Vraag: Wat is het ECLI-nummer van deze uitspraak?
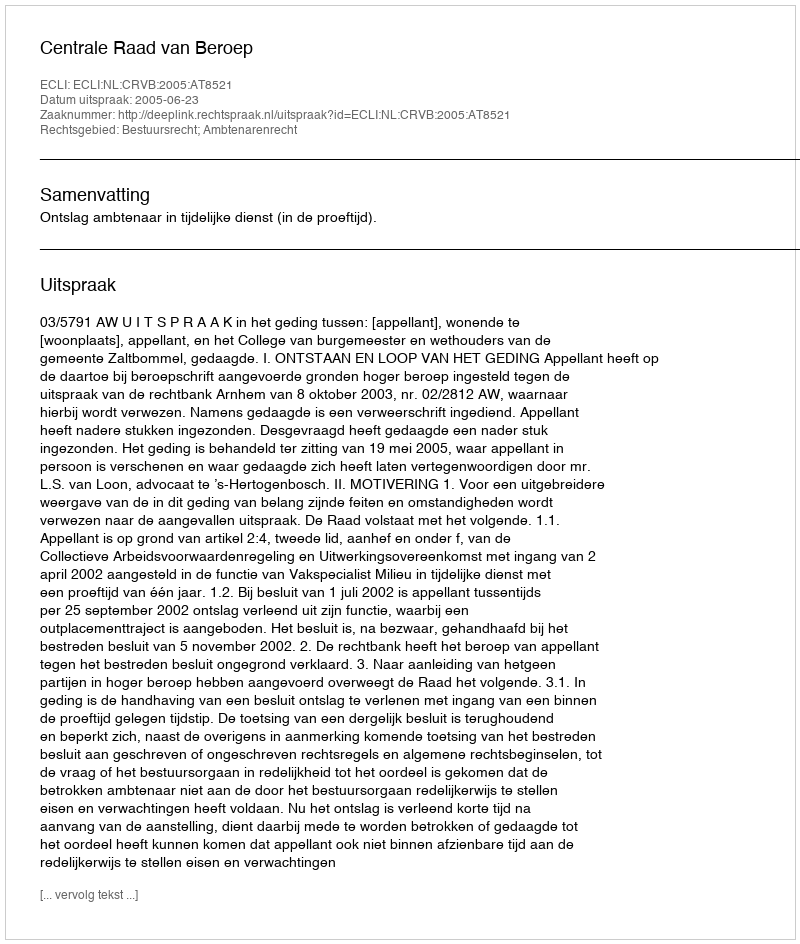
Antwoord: ECLI:NL:CRVB:2005:AT8521